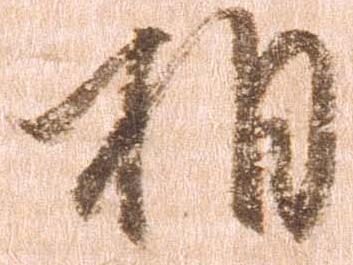
相